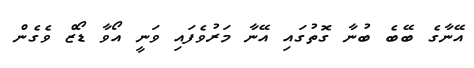
އޭނާގެ ބޭބެ ބުނާ ގޮތުގައި އޭނާ މަރުވެފައި ވަނީ އޯވާ ޑޯޒް ވެގެން